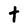
Character: t